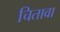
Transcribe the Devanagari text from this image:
चितावा